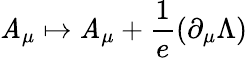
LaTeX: \mathit{A}_{\mu}\mapsto\mathit{A}_{\mu}+{\frac{{1}}{{e}}}(\partial_{\mu}\Lambda)